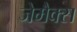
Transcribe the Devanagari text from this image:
जेमैक्स